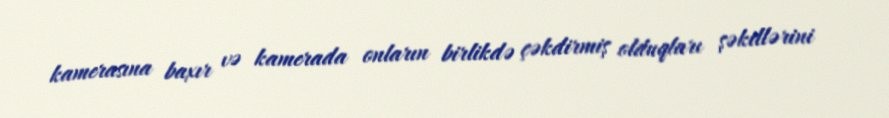
kamerasına baxır və kamerada onların birlikdə çəkdirmiş olduqları şəkillərini